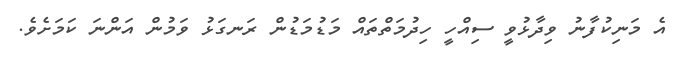
އެ މަނިކުފާނު ވިދާޅުވީ ސިއްހީ ހިދުމަތްތައް މަޑުމަޑުން ރަނގަޅު ވަމުން އަންނަ ކަމަށެވެ.